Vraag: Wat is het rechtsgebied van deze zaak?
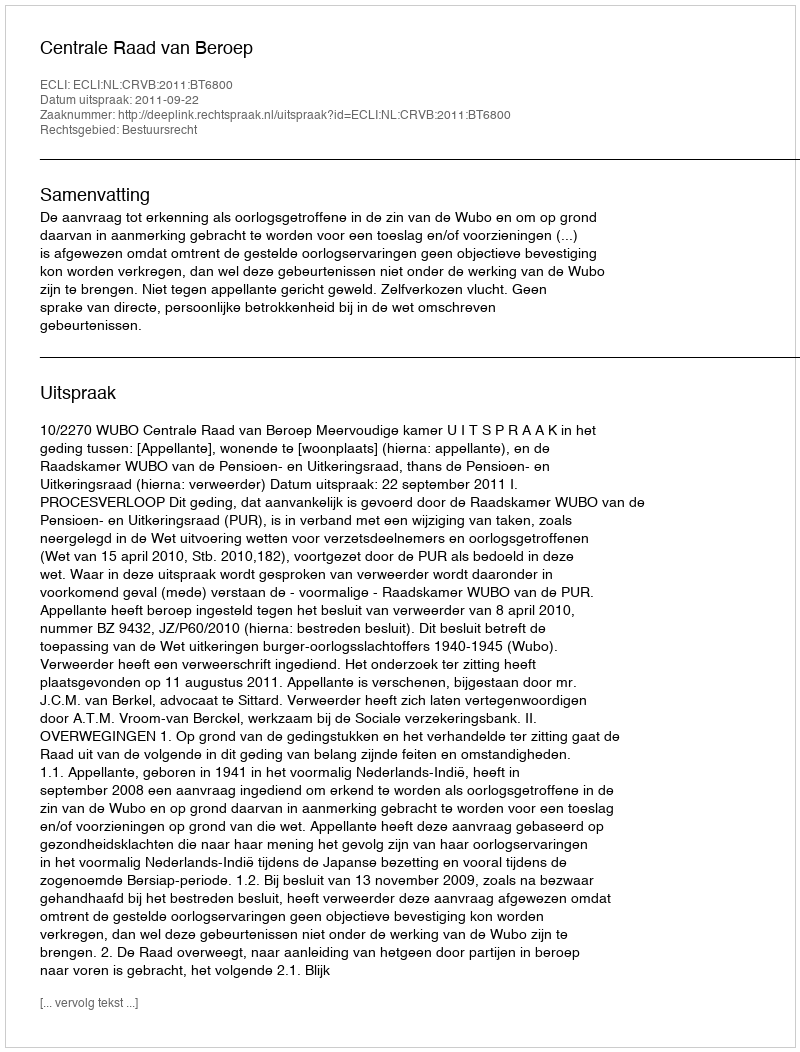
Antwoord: Bestuursrecht